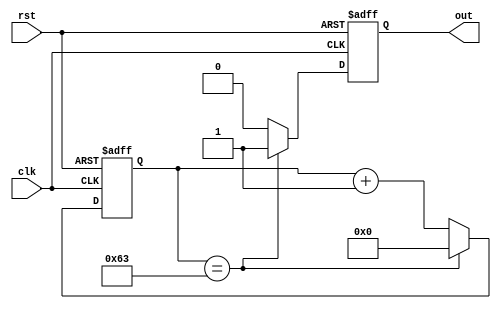
module periodic_timer (
    input wire clk,
    input wire rst,
    output reg out
);

parameter PERIOD = 100; // specify the desired period

reg [7:0] count; // counter to keep track of clock cycles

always @(posedge clk or posedge rst) begin
    if (rst) begin
        count <= 0; // reset the counter
        out <= 0; // reset the output signal
    end else begin
        if (count == PERIOD - 1) begin
            count <= 0; // reset the counter
            out <= 1; // trigger the output signal
        end else begin
            count <= count + 1; // increment the counter
            out <= 0; // keep the output signal low
        end
    end
end

endmodule